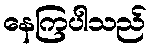
နေကြပါသည်